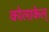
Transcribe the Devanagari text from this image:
कोलाकेल्